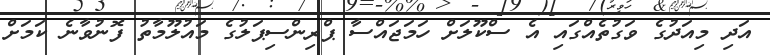
އަދި މިއަދުގެ ވަގުތެއްގައި އެ ސްކޫލަށް ހަމަޖައްސާ ޕްރިންސިޕަލުގެ މައުލޫމާތު ފޮނުވާނެ ކަމަށް